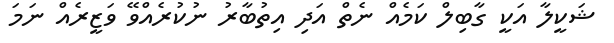
ޝަކީލާ އަކީ ގާބިލް ކަމެއް ނެތް އަދި އިތުބާރު ނުކުރެއްވޭ ވަޒީރެއް ނަމަ